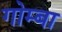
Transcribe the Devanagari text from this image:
गोम्बा